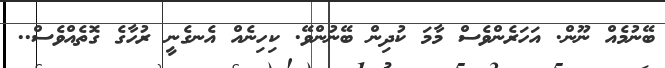
ބޭނުމެއް ނޫން. އަހަރެންވެސް މާމަ ކުދިން ބޭނުންވޭ. ކިހިނެއް އެނގެނީ ރުހާގެ ގޮތެއްވެސް..